Statistics compiled by the Government of India from the reports of provincial Civil Veterinary Departments
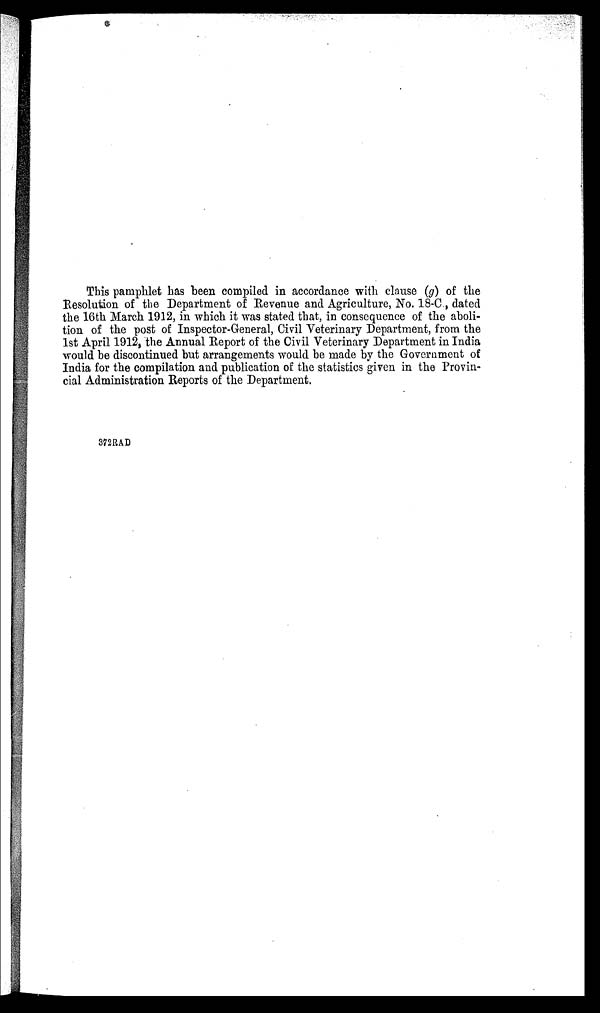
This pamphlet has been compiled in accordance with clause (g) of the
Resolution of the Department of Revenue and Agriculture, No. 18-C., dated
the 16th March 1912, in which it was stated that, in consequence of the aboli-
tion of the post of Inspector-General, Civil Veterinary Department, from the
1st April 1912, the Annual Report of the Civil Veterinary Department in India
would be discontinued but arrangements would be made by the Government of
India for the compilation and publication of the statistics given in the Provin-
cial Administration Reports of the Department.
372RAD